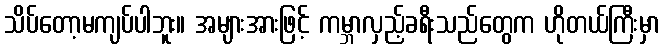
သိပ်တော့မကျပ်ပါဘူး။ အများအားဖြင့် ကမ္ဘာလှည့်ခရီးသည်တွေက ဟိုတယ်ကြီးမှာ